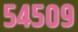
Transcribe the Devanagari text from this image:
५४५०९